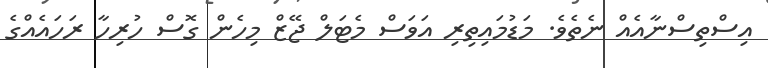
އިސްތިސްނާއެއް ނެތެވެ. މަޑުމައިތިރި އަވަސް މެޓަލް ޖޭޒް މިހެން ގޮސް ހުރިހާ ރަހައެއްގެ